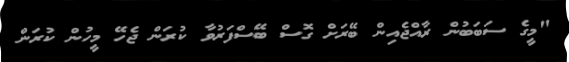
"މީގެ ސަބަބުން ރާއްޖެއިން ބޭރަށް ގޮސް ބޭސްފަރުވާ ކުރަން ޖެހޭ މީހުން ކުރަން